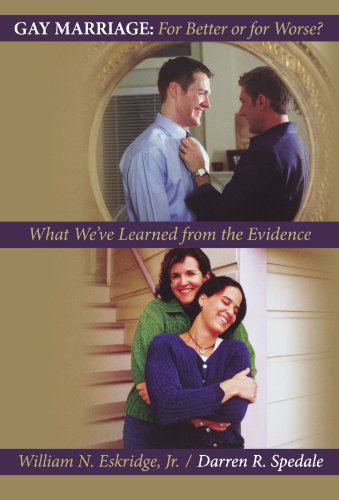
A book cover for Gay Marriage: for Better or for Worse?: What We've Learned from the Evidence; William N. Eskridge; Law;